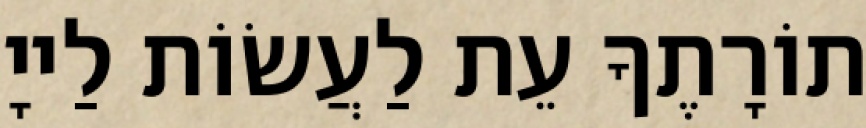
תוֹרָתֶךָ עֵת לַעֲשׂוֹת לַייָ